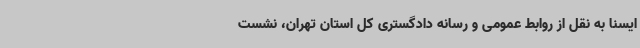
ایسنا به نقل از روابط عمومی و رسانه دادگستری کل استان تهران، نشست